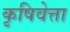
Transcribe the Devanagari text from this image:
कृषिवेत्ता